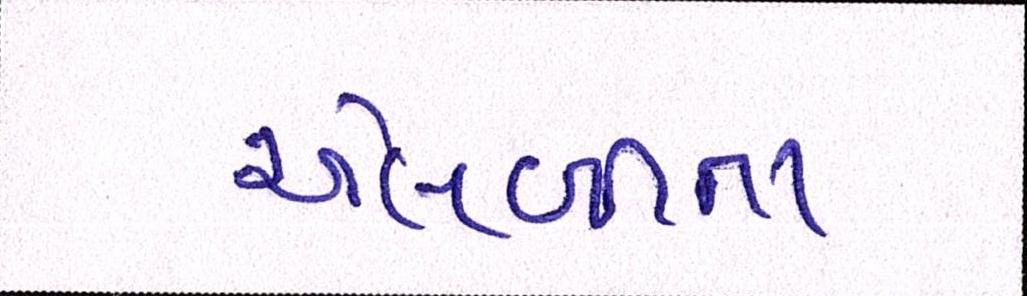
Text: એલબીના